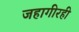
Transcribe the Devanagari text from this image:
जहागीरही